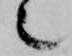
也